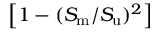
\left[ 1 - ( S _ { \mathrm { m } } / S _ { \mathrm { u } } ) ^ { 2 } \right]